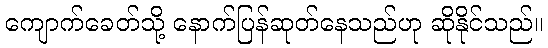
ကျောက်ခေတ်သို့ နောက်ပြန်ဆုတ်နေသည်ဟု ဆိုနိုင်သည်။